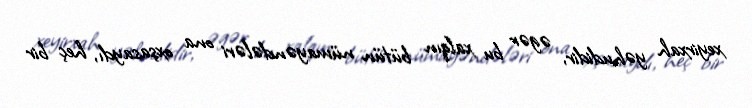
xeyirxah yəhudidir, əgər bu xalqın bütün nümayəndələri ona oxşasaydı, heç bir